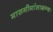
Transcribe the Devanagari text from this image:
मासमीमांसाग्रन्थः